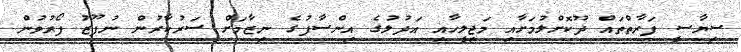
ސިޔާސީ ފަރާތްތައް ދޫކޮށްލުމަށާއި މަޖިލީހާއި އަދުލުގެ އިންސާފުގެ ނިޒާމަށް ސަރުކާރުން ނުފޫޒު ފޯރުވުން